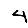
Digit: 4